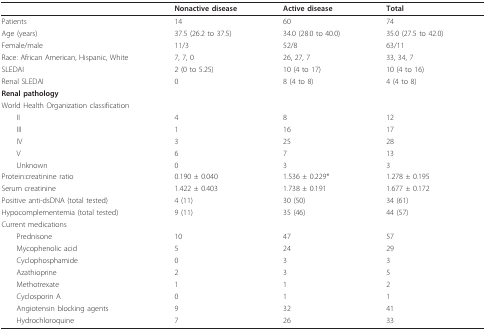
|  | Nonactive disease | Active disease | Total |
 | --- | --- | --- | --- |
 | Patients | 14 | 60 | 74 |
 | Age (years) | 37.5 (26.2 to 37.5) | 34.0 (28.0 to 40.0) | 35.0 (27.5 to 42.0) |
 | Female/male | 11/3 | 52/8 | 63/11 |
 | Race: African American, Hispanic, White | 7, 7, 0 | 26, 27, 7 | 33, 34, 7 |
 | SLEDAI | 2 (0 to 5.25) | 10 (4 to 17) | 10 (4 to 16) |
 | Renal SLEDAI | 0 | 8 (4 to 8) | 4 (4 to 8) |
 | Renal pathology |  |  |  |
 | <COLSPAN=2> World Health Organization classification |  |  |
 | II | 4 | 8 | 12 |
 | III | 1 | 16 | 17 |
 | IV | 3 | 25 | 28 |
 | V | 6 | 7 | 13 |
 | Unknown | 0 | 3 | 3 |
 | Protein:creatinine ratio | 0.190 ± 0.040 | 1.536 ± 0.229* | 1.278 ± 0.195 |
 | Serum creatinine | 1.422 ± 0.403 | 1.738 ± 0.191 | 1.677 ± 0.172 |
 | Positive anti-dsDNA (total tested) | 4 (11) | 30 (50) | 34 (61) |
 | Hypocomplementemia (total tested) | 9 (11) | 35 (46) | 44 (57) |
 | Current medications |  |  |  |
 | Prednisone | 10 | 47 | 57 |
 | Mycophenolic acid | 5 | 24 | 29 |
 | Cyclophosphamide | 0 | 3 | 3 |
 | Azathioprine | 2 | 3 | 5 |
 | Methotrexate | 1 | 1 | 2 |
 | Cyclosporin A | 0 | 1 | 1 |
 | Angiotensin blocking agents | 9 | 32 | 41 |
 | Hydrochloroquine | 7 | 26 | 33 |